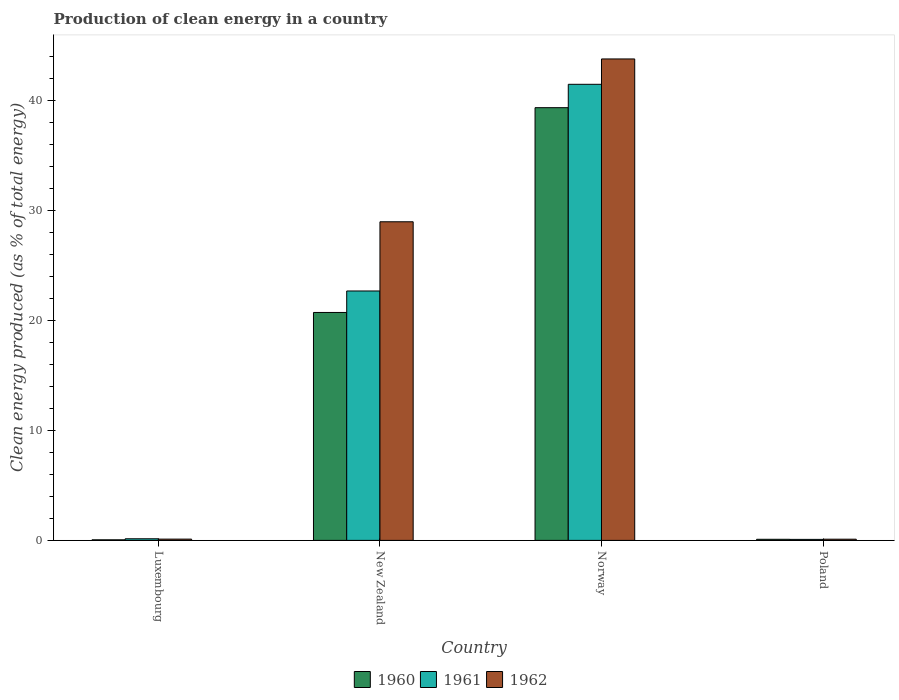
| Country | 1960 | 1961 | 1962 |
 | --- | --- | --- | --- |
 | Luxembourg | 0.0521 | 0.147 | 0.116 |
 | New Zealand | 20.7 | 22.7 | 29 |
 | Norway | 39.3 | 41.5 | 43.8 |
 | Poland | 0.1 | 0.0915 | 0.108 |